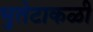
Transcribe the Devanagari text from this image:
भुतेटाकळी